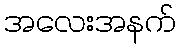
အလေးအနက်